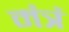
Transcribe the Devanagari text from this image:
मंत्रं